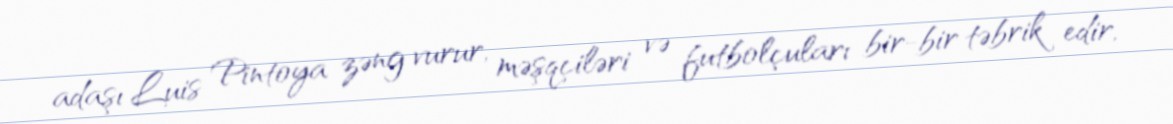
adaşı Luis Pintoya zəng vurur, məşqçiləri və futbolçuları bir-bir təbrik edir,